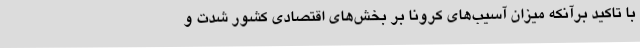
با تاکید برآنکه میزان آسیب‌های کرونا بر بخش‌های اقتصادی کشور شدت و